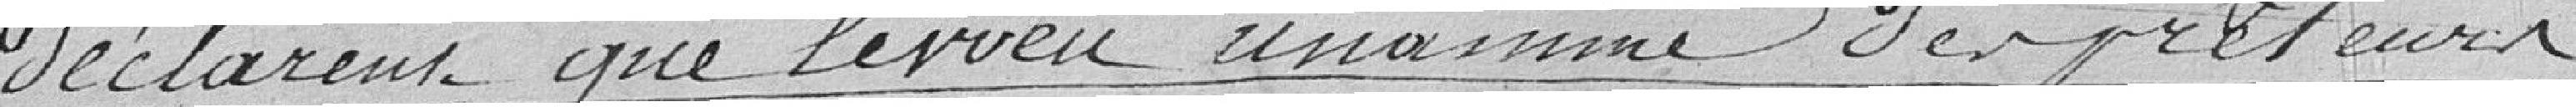
Déclarent que le voeu unanime des preteurs